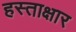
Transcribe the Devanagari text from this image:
हस्ताक्षार